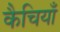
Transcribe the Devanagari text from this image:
कैचियाँ